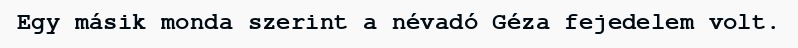
Egy másik monda szerint a névadó Géza fejedelem volt.